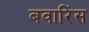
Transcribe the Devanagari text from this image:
बवारिंस